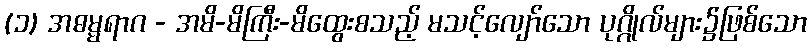
(၁) အဓမ္မရာဂ - အမိ-မိကြီး-မိထွေးစသည့် မသင့်လျော်သော ပုဂ္ဂိုလ်များ၌ဖြစ်သော